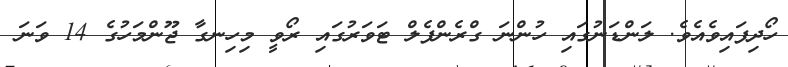
ހޯދިފައިވެއެވެ. ލަންޑަނުގައި ހުންނަ ގްރެންފެލް ޓަވަރުގައި ރޯވީ މިހިނގާ ޖޫންމަހުގެ 14 ވަނަ